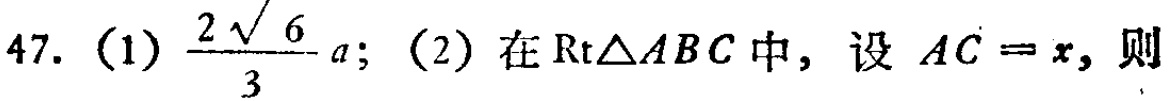
47. (1) $\frac{2\sqrt{6}}{3}a$; (2) 在$\mathrm{Rt}\triangle ABC$中，设$AC = x$, 则